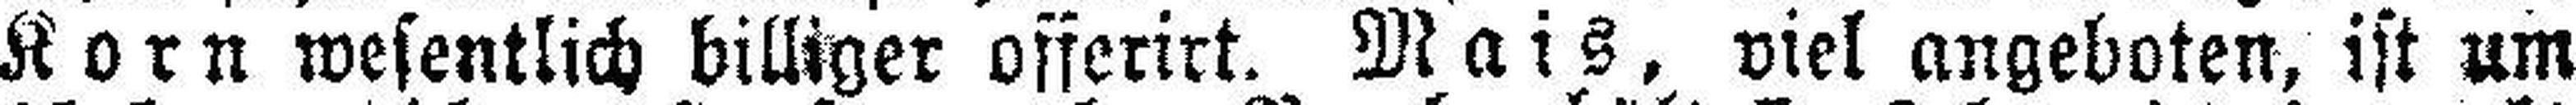
Korn wesentlich billiger offerirt. Mais, viel angeboten, ist um